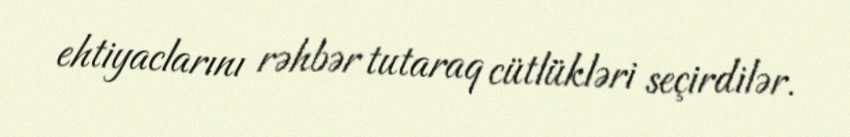
ehtiyaclarını rəhbər tutaraq cütlükləri seçirdilər.